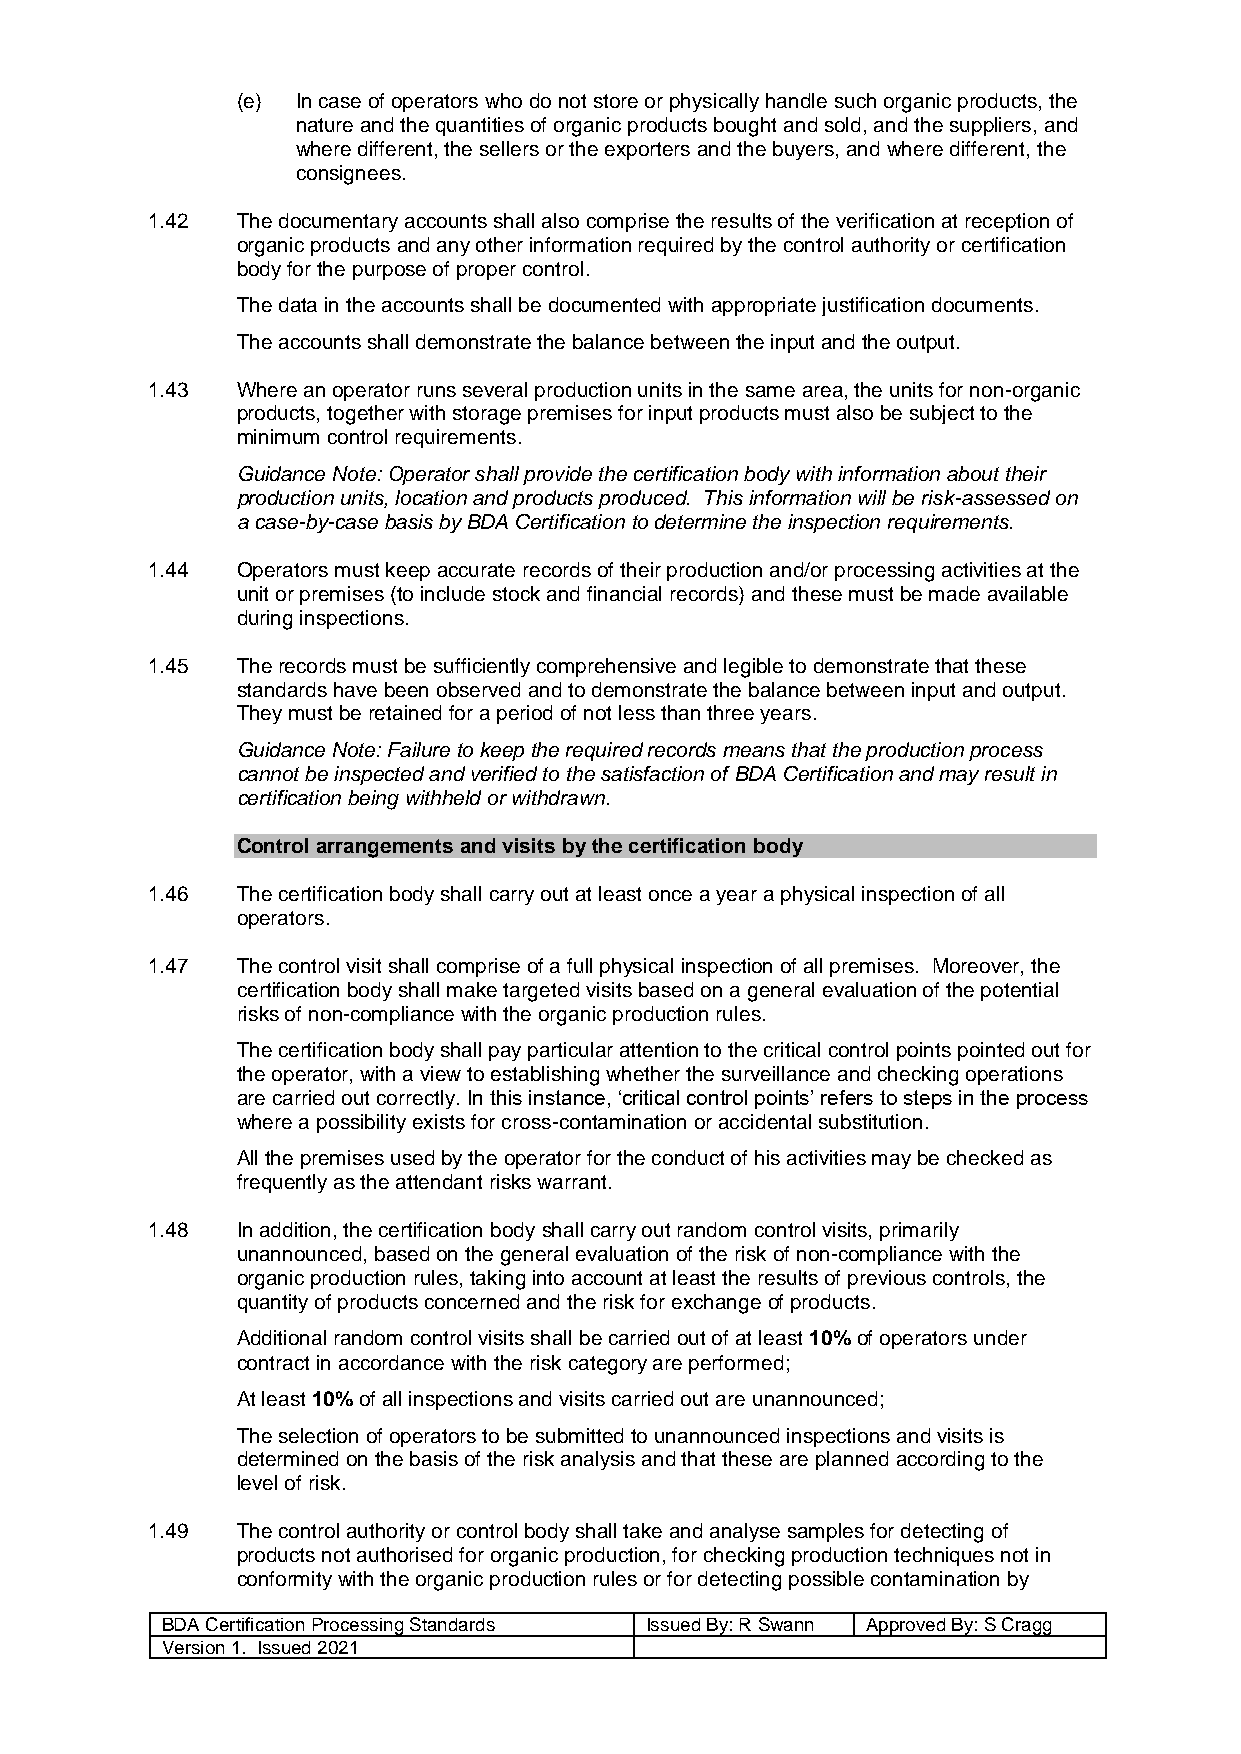
(e) In case of operators who do not store or physically handle such organic products, the
 nature and the quantities of organic products bought and sold, and the suppliers, and
 where different, the sellers or the exporters and the buyers, and where different, the
 consignees.
 1.42  The documentary accounts shall also comprise the results of the verification at reception of
 organic products and any other information required by the control authority or certification
 body for the purpose of proper control.
 The data in the accounts shall be documented with appropriate justification documents.
 The accounts shall demonstrate the balance between the input and the output.
 1.43  Where an operator runs several production units in the same area, the units for non-organic
 products, together with storage premises for input products must also be subject to the
 minimum control requirements.
 Guidance Note: Operator shall provide the certification body with information about their
 production units, location and products produced. This information will be risk-assessed on
 a case-by-case basis by BDA Certification to determine the inspection requirements.
 1.44  Operators must keep accurate records of their production and/or processing activities at the
 unit or premises (to include stock and financial records) and these must be made available
 during inspections.
 1.45  The records must be sufficiently comprehensive and legible to demonstrate that these
 standards have been observed and to demonstrate the balance between input and output.
 They must be retained for a period of not less than three years.
 Guidance Note: Failure to keep the required records means that the production process
 cannot be inspected and verified to the satisfaction of BDA Certification and may result in
 certification being withheld or withdrawn.
 Control arrangements and visits by the certification body
 1.46  The certification body shall carry out at least once a year a physical inspection of all
 operators.
 1.47  The control visit shall comprise of a full physical inspection of all premises. Moreover, the
 certification body shall make targeted visits based on a general evaluation of the potential
 risks of non-compliance with the organic production rules.
 The certification body shall pay particular attention to the critical control points pointed out for
 the operator, with a view to establishing whether the surveillance and checking operations
 are carried out correctly. In this instance, ‘critical control points’ refers to steps in the process
 where a possibility exists for cross-contamination or accidental substitution.
 All the premises used by the operator for the conduct of his activities may be checked as
 frequently as the attendant risks warrant.
 1.48  In addition, the certification body shall carry out random control visits, primarily
 unannounced, based on the general evaluation of the risk of non-compliance with the
 organic production rules, taking into account at least the results of previous controls, the
 quantity of products concerned and the risk for exchange of products.
 Additional random control visits shall be carried out of at least 10% of operators under
 contract in accordance with the risk category are performed;
 At least 10% of all inspections and visits carried out are unannounced;
 The selection of operators to be submitted to unannounced inspections and visits is
 determined on the basis of the risk analysis and that these are planned according to the
 level of risk.
 1.49  The control authority or control body shall take and analyse samples for detecting of
 products not authorised for organic production, for checking production techniques not in
 conformity with the organic production rules or for detecting possible contamination by
 BDA Certification Processing Standards Issued By: R Swann Approved By: S Cragg
 Version 1. Issued 2021